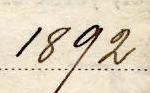
1892